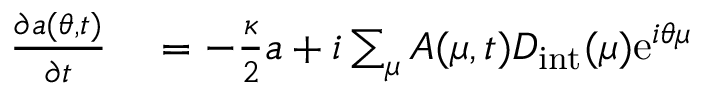
\begin{array} { r l } { \frac { \partial a ( \theta , t ) } { \partial t } } & { { } = - \frac { \kappa } { 2 } a + i \sum _ { \mu } A ( \mu , t ) D _ { \mathrm { i n t } } ( \mu ) \mathrm { e } ^ { i \theta \mu } } \end{array}